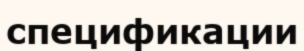
спецификации